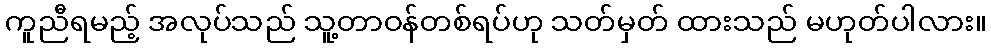
ကူညီရမည့် အလုပ်သည် သူ့တာဝန်တစ်ရပ်ဟု သတ်မှတ် ထားသည် မဟုတ်ပါလား။